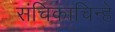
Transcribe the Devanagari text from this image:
संचिकाचिन्हे